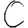
Digit: 0